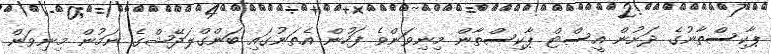
ޕާކިސްތާނުގެ ދަށުން އީސްޓް ޕާކިސްތާން މިނިވަންވެ ފަހުން އެތަނުގައި ބަންގްލަދޭޝްގެ ނަމުން މިނިވަން